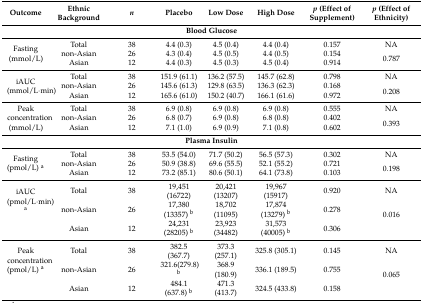
<table><thead><tr><td><b>Outcome</b></td><td><b>Ethnic Background</b></td><td><b><i>n</i></b></td><td><b>Placebo</b></td><td><b>Low Dose</b></td><td><b>High Dose</b></td><td><b><i>p</i> (Effect of Supplement)</b></td><td><b><i>p</i> (Effect of Ethnicity)</b></td></tr></thead><tbody><tr><td colspan="8"><b>Blood glucose</b></td></tr><tr><td rowspan="3">Fasting (mmol/L)</td><td>Total</td><td>38</td><td>4.4 (0.3)</td><td>4.5 (0.4)</td><td>4.4 (0.4)</td><td>0.157</td><td>NA</td></tr><tr><td>non-Asian</td><td>26</td><td>4.3 (0.4)</td><td>4.5 (0.5)</td><td>4.4 (0.5)</td><td>0.154</td><td rowspan="2">0.787</td></tr><tr><td>Asian</td><td>12</td><td>4.4 (0.3)</td><td>4.5 (0.3)</td><td>4.5 (0.4)</td><td>0.914</td></tr><tr><td rowspan="3">iAUC (mmol/L·min)</td><td>Total</td><td>38</td><td>151.9 (61.1)</td><td>136.2 (57.5)</td><td>145.7 (62.8)</td><td>0.798</td><td>NA</td></tr><tr><td>non-Asian</td><td>26</td><td>145.6 (61.3)</td><td>129.8 (63.5)</td><td>136.3 (62.3)</td><td>0.168</td><td rowspan="2">0.208</td></tr><tr><td>Asian</td><td>12</td><td>165.6 (61.0)</td><td>150.2 (40.7)</td><td>166.1 (61.6)</td><td>0.972</td></tr><tr><td rowspan="3">Peak concentration (mmol/L)</td><td>Total</td><td>38</td><td>6.9 (0.8)</td><td>6.9 (0.8)</td><td>6.9 (0.8)</td><td>0.555</td><td>NA</td></tr><tr><td>non-Asian</td><td>26</td><td>6.8 (0.7)</td><td>6.9 (0.8)</td><td>6.8 (0.8)</td><td>0.402</td><td rowspan="2">0.393</td></tr><tr><td>Asian</td><td>12</td><td>7.1 (1.0)</td><td>6.9 (0.9)</td><td>7.1 (0.8)</td><td>0.602</td></tr><tr><td colspan="8"><b>Plasma insulin</b></td></tr><tr><td rowspan="3">Fasting (pmol/L) <sup>a</sup></td><td>Total</td><td>38</td><td>53.5 (54.0)</td><td>71.7 (50.2)</td><td>56.5 (57.3)</td><td>0.302</td><td>NA</td></tr><tr><td>non-Asian</td><td>26</td><td>50.9 (38.8)</td><td>69.6 (55.5)</td><td>52.1 (55.2)</td><td>0.721</td><td rowspan="2">0.198</td></tr><tr><td>Asian</td><td>12</td><td>73.2 (85.1)</td><td>80.6 (50.1)</td><td>64.1 (73.8)</td><td>0.103</td></tr><tr><td rowspan="3">iAUC (pmol/L·min) <sup>a</sup></td><td>Total</td><td>38</td><td>19,451 (16722)</td><td>20,421 (13207)</td><td>19,967 (15917)</td><td>0.920</td><td>NA</td></tr><tr><td>non-Asian</td><td>26</td><td>17,380 (13357) <sup>b</sup></td><td>18,702 (11095)</td><td>17,874 (13279) <sup>b</sup></td><td>0.278</td><td rowspan="2">0.016</td></tr><tr><td>Asian</td><td>12</td><td>24,231 (28205) <sup>b</sup></td><td>23,923 (34482)</td><td>31,573 (40005) <sup>b</sup></td><td>0.306</td></tr><tr><td rowspan="3">Peak concentration (pmol/L) <sup>a</sup></td><td>Total</td><td>38</td><td>382.5 (367.7)</td><td>373.3 (257.1)</td><td>325.8 (305.1)</td><td>0.145</td><td>NA</td></tr><tr><td>non-Asian</td><td>26</td><td>321.6(279.8) <sup>b</sup></td><td>368.9 (180.9)</td><td>336.1 (189.5)</td><td>0.755</td><td rowspan="2">0.065</td></tr><tr><td>Asian</td><td>12</td><td>484.1 (637.8) <sup>b</sup></td><td>471.3 (413.7)</td><td>324.5 (433.8)</td><td>0.158</td></tr></tbody></table>